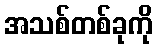
အသစ်တစ်ခုကို